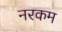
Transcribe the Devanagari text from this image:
नरकम